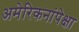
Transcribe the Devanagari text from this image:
अमेरिकनांपेक्षा